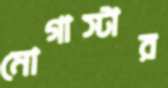
মোগাস্টার